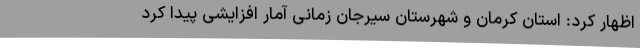
اظهار کرد: استان کرمان و شهرستان سیرجان زمانی آمار افزایشی پیدا کرد